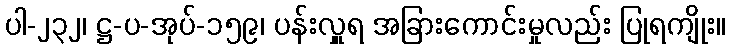
ပါ-၂၃၂၊ ဋ္ဌ-ပ-အုပ်-၁၅၉၊ ပန်းလှူရ အခြားကောင်းမှုလည်း ပြုရကျိုး။